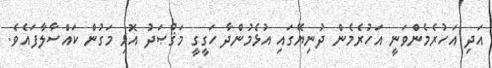
އަދި އަހުރެމެންވަނީ އަހުރެމެން ދުނިޔޭގައި އުޅެމުންދާ ހަގީގީ މަޤްޞަދު އޮޅި މަގުން ކައްސާލާފައެވެ.